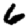
Digit: 6